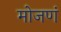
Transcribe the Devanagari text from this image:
मोजणं